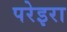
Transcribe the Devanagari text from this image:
परेइरा